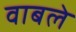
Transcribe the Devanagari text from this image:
वाबले